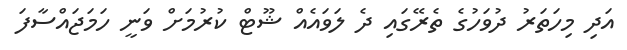
އަދި މިހަތަރު ދުވަހުގެ ތެރޭގައި ދެ ލަވައެއް ޝޫޓް ކުރުމަށް ވަނީ ހަމަޖައްސާފަ